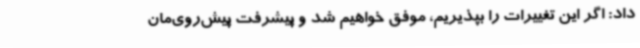
داد: اگر این تغییرات را بپذیریم، موفق خواهیم شد و پیشرفت پیش‌روی‌مان